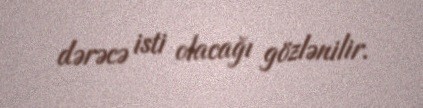
dərəcə isti olacağı gözlənilir.